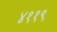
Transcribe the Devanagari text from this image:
४११९